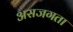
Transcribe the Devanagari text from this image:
असजगता